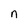
Character: n